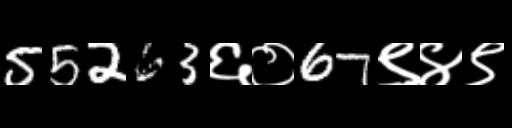
Text: 55263६०67९४९